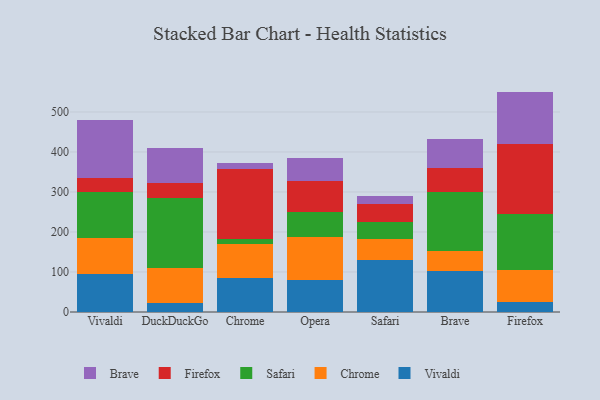
{"axis": {"x": "Browser", "y": "Gross Profit (USD K)"}, "legend": ["Brave", "Chrome", "Firefox", "Safari", "Vivaldi"], "data": [{"x": "Vivaldi", "y": 95.3, "type": "Vivaldi"}, {"x": "Vivaldi", "y": 90.7, "type": "Chrome"}, {"x": "Vivaldi", "y": 112.8, "type": "Safari"}, {"x": "Vivaldi", "y": 35.2, "type": "Firefox"}, {"x": "Vivaldi", "y": 146.4, "type": "Brave"}, {"x": "DuckDuckGo", "y": 21.6, "type": "Vivaldi"}, {"x": "DuckDuckGo", "y": 88.8, "type": "Chrome"}, {"x": "DuckDuckGo", "y": 175.3, "type": "Safari"}, {"x": "DuckDuckGo", "y": 36.7, "type": "Firefox"}, {"x": "DuckDuckGo", "y": 86.7, "type": "Brave"}, {"x": "Chrome", "y": 85.2, "type": "Vivaldi"}, {"x": "Chrome", "y": 85.6, "type": "Chrome"}, {"x": "Chrome", "y": 12.2, "type": "Safari"}, {"x": "Chrome", "y": 174.8, "type": "Firefox"}, {"x": "Chrome", "y": 13.5, "type": "Brave"}, {"x": "Opera", "y": 80.3, "type": "Vivaldi"}, {"x": "Opera", "y": 106.1, "type": "Chrome"}, {"x": "Opera", "y": 62.9, "type": "Safari"}, {"x": "Opera", "y": 79.3, "type": "Firefox"}, {"x": "Opera", "y": 55.1, "type": "Brave"}, {"x": "Safari", "y": 129.0, "type": "Vivaldi"}, {"x": "Safari", "y": 54.2, "type": "Chrome"}, {"x": "Safari", "y": 41.1, "type": "Safari"}, {"x": "Safari", "y": 46.6, "type": "Firefox"}, {"x": "Safari", "y": 19.2, "type": "Brave"}, {"x": "Brave", "y": 102.8, "type": "Vivaldi"}, {"x": "Brave", "y": 50.7, "type": "Chrome"}, {"x": "Brave", "y": 145.8, "type": "Safari"}, {"x": "Brave", "y": 60.1, "type": "Firefox"}, {"x": "Brave", "y": 73.1, "type": "Brave"}, {"x": "Firefox", "y": 24.6, "type": "Vivaldi"}, {"x": "Firefox", "y": 80.7, "type": "Chrome"}, {"x": "Firefox", "y": 139.0, "type": "Safari"}, {"x": "Firefox", "y": 175.8, "type": "Firefox"}, {"x": "Firefox", "y": 130.8, "type": "Brave"}]}